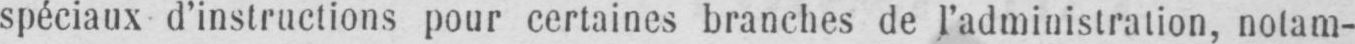
spéciaux d’instructions pour certaines branches de l’administration, notam-